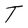
Character: T